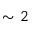
\sim 2